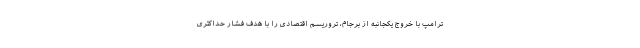
ترامپ با خروج یکجانبه از برجام، تروریسم اقتصادی را با هدف فشار حداکثری